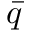
\bar { q }